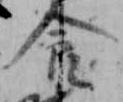
食